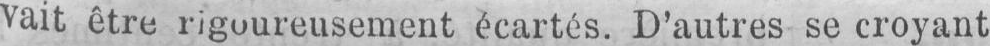
vait être rigoureusement écartés. D’autres se croyant